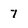
Character: 7